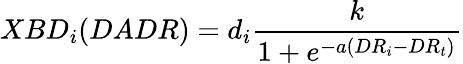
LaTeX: XBD_{i}(DADR)=d_{i}\frac{k}{1+e^{-a\left(DR_{i}-DR_{t}\right)}}